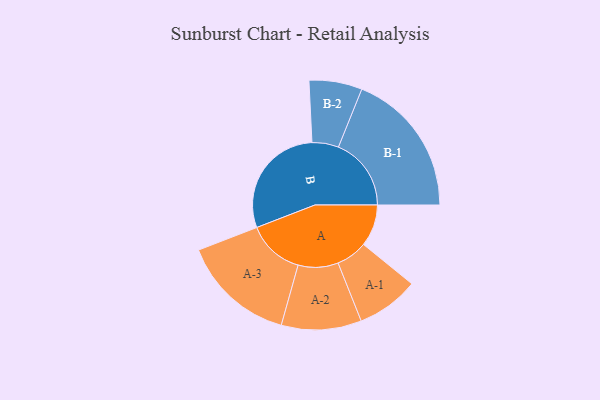
{"axis": {"x": "Segment", "y": "Value"}, "legend": ["", "A", "B"], "data": [{"x": "A", "y": 161, "type": ""}, {"x": "B", "y": 446, "type": ""}, {"x": "A-1", "y": 120, "type": "A"}, {"x": "A-2", "y": 154, "type": "A"}, {"x": "A-3", "y": 219, "type": "A"}, {"x": "B-1", "y": 280, "type": "B"}, {"x": "B-2", "y": 102, "type": "B"}]}